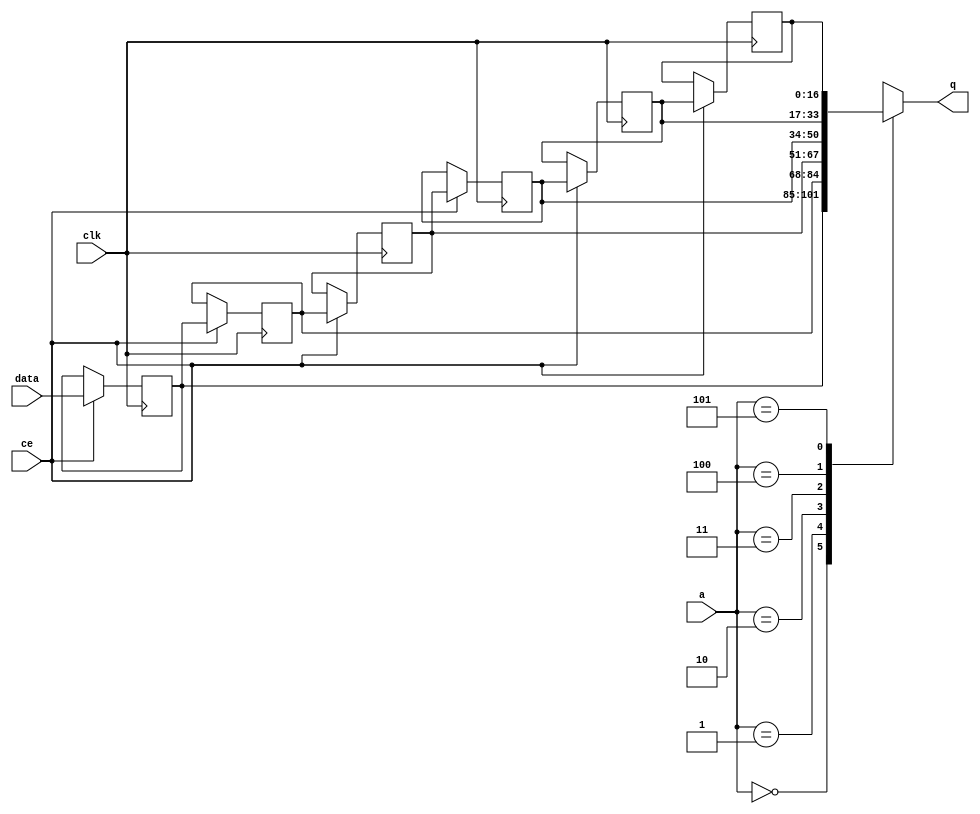
// ==============================================================
// Vitis HLS - High-Level Synthesis from C, C++ and OpenCL v2020.2 (64-bit)
// Copyright 1986-2020 Xilinx, Inc. All Rights Reserved.
// ==============================================================

`timescale 1 ns / 1 ps

module optical_flow_fifo_w17_d6_S_shiftReg (
    clk,
    data,
    ce,
    a,
    q);

parameter DATA_WIDTH = 32'd17;
parameter ADDR_WIDTH = 32'd3;
parameter DEPTH = 4'd6;

input clk;
input [DATA_WIDTH-1:0] data;
input ce;
input [ADDR_WIDTH-1:0] a;
output [DATA_WIDTH-1:0] q;

reg[DATA_WIDTH-1:0] SRL_SIG [0:DEPTH-1];
integer i;

always @ (posedge clk)
    begin
        if (ce)
        begin
            for (i=0;i<DEPTH-1;i=i+1)
                SRL_SIG[i+1] <= SRL_SIG[i];
            SRL_SIG[0] <= data;
        end
    end

assign q = SRL_SIG[a];

endmodule

module optical_flow_fifo_w17_d6_S (
    clk,
    reset,
    if_empty_n,
    if_read_ce,
    if_read,
    if_dout,
    if_full_n,
    if_write_ce,
    if_write,
    if_din);

parameter MEM_STYLE   = "shiftreg";
parameter DATA_WIDTH  = 32'd17;
parameter ADDR_WIDTH  = 32'd3;
parameter DEPTH       = 4'd6;

input clk;
input reset;
output if_empty_n;
input if_read_ce;
input if_read;
output[DATA_WIDTH - 1:0] if_dout;
output if_full_n;
input if_write_ce;
input if_write;
input[DATA_WIDTH - 1:0] if_din;

wire[ADDR_WIDTH - 1:0] shiftReg_addr ;
wire[DATA_WIDTH - 1:0] shiftReg_data, shiftReg_q;
wire                     shiftReg_ce;
reg[ADDR_WIDTH:0] mOutPtr = ~{(ADDR_WIDTH+1){1'b0}};
reg internal_empty_n = 0;
reg internal_full_n = 1;

assign if_full_n = internal_full_n;
assign if_empty_n = internal_empty_n;
assign shiftReg_data = if_din;
assign if_dout = shiftReg_q;

always @ (posedge clk) begin
    if (reset == 1'b1)
    begin
        mOutPtr <= ~{ADDR_WIDTH+1{1'b0}};
        internal_empty_n <= 1'b0;
        internal_full_n <= 1'b1;
    end
    else begin
        if (((if_read & if_read_ce) == 1 & internal_empty_n == 1) && 
            ((if_write & if_write_ce) == 0 | internal_full_n == 0))
        begin
            mOutPtr <= mOutPtr - 4'd1;
            if (mOutPtr == 4'd0)
                internal_empty_n <= 1'b0;
            internal_full_n <= 1'b1;
        end 
        else if (((if_read & if_read_ce) == 0 | internal_empty_n == 0) && 
            ((if_write & if_write_ce) == 1 & internal_full_n == 1))
        begin
            mOutPtr <= mOutPtr + 4'd1;
            internal_empty_n <= 1'b1;
            if (mOutPtr == DEPTH - 4'd2)
                internal_full_n <= 1'b0;
        end 
    end
end

assign shiftReg_addr = mOutPtr[ADDR_WIDTH] == 1'b0 ? mOutPtr[ADDR_WIDTH-1:0]:{ADDR_WIDTH{1'b0}};
assign shiftReg_ce = (if_write & if_write_ce) & internal_full_n;

optical_flow_fifo_w17_d6_S_shiftReg 
#(
    .DATA_WIDTH(DATA_WIDTH),
    .ADDR_WIDTH(ADDR_WIDTH),
    .DEPTH(DEPTH))
U_optical_flow_fifo_w17_d6_S_ram (
    .clk(clk),
    .data(shiftReg_data),
    .ce(shiftReg_ce),
    .a(shiftReg_addr),
    .q(shiftReg_q));

endmodule